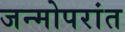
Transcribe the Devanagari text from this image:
जन्मोपरांत